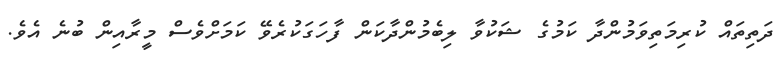
ދަތިތައް ކުރިމަތިވަމުންދާ ކަމުގެ ޝަކުވާ ލިބެމުންދާކަން ފާހަގަކުރެވޭ ކަމަށްވެސް މީރާއިން ބުނެ އެވެ.